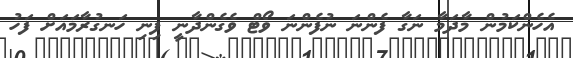
އެހެންކަމުން މާދަމާ ނަގާ ފެންނަ ނުފެންނަ ވޯޓް ވެގެންދާނީ ފިނި ހަނގުރާމައަށް ފަހު